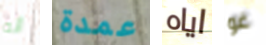
أنه عمدة اياه غو